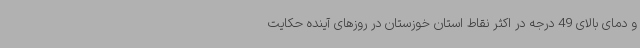
و دمای بالای 49 درجه در اکثر نقاط استان خوزستان در روزهای آینده حکایت